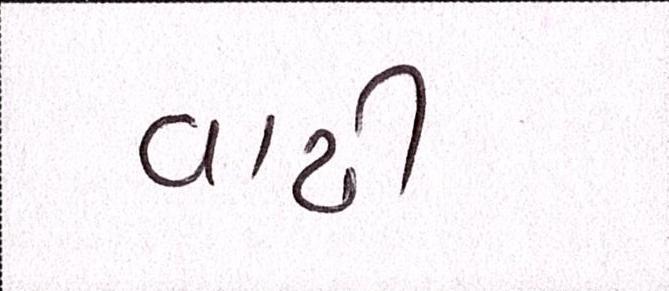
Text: વાઢી